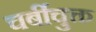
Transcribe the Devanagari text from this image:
चर्बीचुक्त